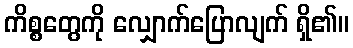
ကိစ္စတွေကို လျှောက်ပြောလျက် ရှိ၏။